Calcutta medical institutions reports 1892-1900
Year: 1892
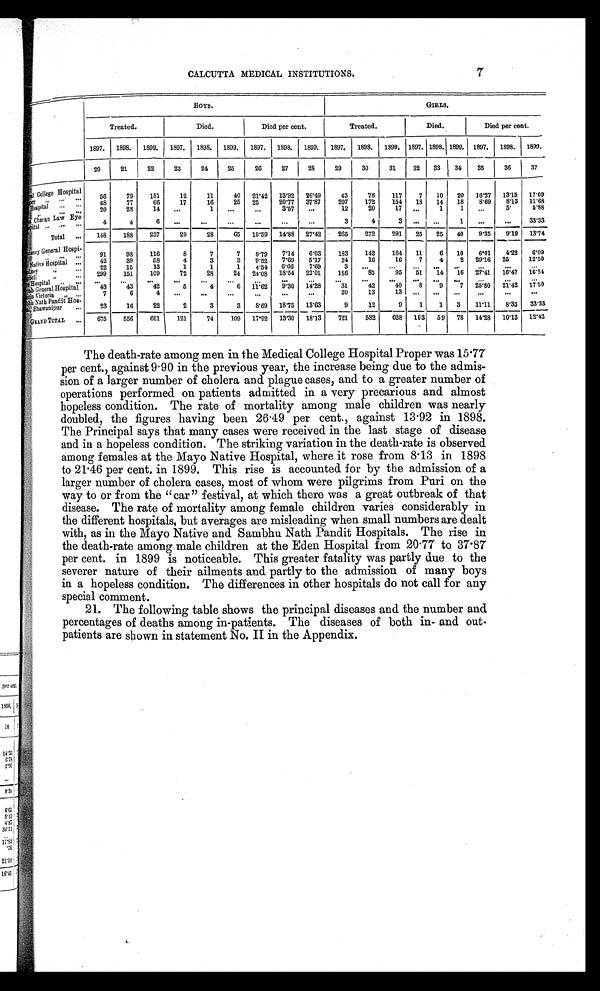
7
CALCUTTA MEDICAL INSTITUTIONS.
BOYS.
GIRLS.
Treated.
Died.
Died per cent.
Treated.
Died.
Died per cent.
1897. 1898.
1899.
1897. 1898. 1899. 1897. 1898. 1899. 1897. 1898. 1899. 1897. 1898. 1899. 1897. 1898. 1899.
20
21
22
23
24
25
26
27
28
29
30
3 1
3 2 33
34
35
36
37
College Hospital per ... ... ...
56
79
151
12
11
40 21.42 13.92 26.49
43
76
117
7
10
20
16. 27
1 3 . 1 5 17.09
H o s p i t a l
. . . . . .
68
77
66
17
16
25
25
20.77 37.87
207
172
154
18
14
18
8.69
8.13 11.68
, ,
. . .
. . .
20
28
14
. . .
1
...
...
3.57
...
12
20
1 7
. . .
1
1
. . .
5 .
5 . 8 8
C h a r a n L a w E y e p i t a l . . . . . . . . .
4
4
6
. . .
. . .
. . .
. . .
. . .
. . .
3
4
3
. . .
. . .
1
...
. . .
3 3 . 3 3
Total
. . .
1 4 8
188
237
29
28
65 19.59 14.88 27.42
265
272
291
25
25
40
9.35
9.19
1 3 . 7 4
d e n c y G e n e r a l H o s p i - . . . . . . . . .
91
98
116
8
7
7
8.79
7.14
6.03
183
142
164
11
6
10
6 . 0 1
4 . 2 2
6 . 0 9
N a t i v e H o s p i t a l
. . .
4 2
39
58
4
3
3
9.52
7.69
5.17
24
16
16
7
4
2 29.16 25
12.50
d n e y , ,
. . .
2 2
15
13
1
1
1
4.54
6.66
7.69
3
. . .
. . .
. . .
. . .
. . . ...
. . .
. . .
p b e l l
, ,
. . .
299
151
109
72
28
24
24.08 18.54 22.01
186
85
9 5 51
1 4
1 6
27. 41
1 6 . 4 7
1 6 . 8 4
Hospital
. . . . . .
. . .
. . .
. . .
. . .
. . .
. . . ...
. . .
. . .
. . .
. . .
. . .
. . .
. . .
. . . ...
. . .
. . .
r a h G e n e r a l H o s p i t a l
43
43
42
5
4
6
11.62
9 . 3 0
1 4 . 2 8
3 1
4 2
4 0
8
9
7
25. 80
2 1 . 4 2
1 7 . 5 0
erin Victoria
, , . . .
7
6
4
. . .
. . .
. . .
. . .
. . .
. . .
20
13
13
. . .
. . .
. . .
. . .
. . . . . .
b h u N a t h P a n d i t H o s -
a l , B h a w a n i p u r . . .
23
16
22
2
3
3
8.69 18.75
1 3 . 6 3
9
12
9
1
1
3
11. 11
8 . 3 3
3 3 . 3 3
G R A N D T O T A L
. . . 675
556
601
121
74
109 17.92
1 3 . 3 0
1 8 . 1 3
7 2 1
582
628 103
59 78 14.28
1 0 . 1 3
1 2 . 4 2
The death-rate among men in the Medical College Hospital Proper was 15.77
per cent., against 9 . 90 in the previous year, the increase being due to the admis-
sion of a larger number of cholera and plague cases, and to a greater number of
operations performed on patients admitted in a very precarious and almost
hopeless condition. The rate of mortality among male children was nearly
doubled, the figures having been 26 . 49 per cent., against 13 . 92 in 1898.
The Principal says that many cases were received in the last stage of disease
and in a hopeless condition. The striking variation in the death-rate is observed
among females at the Mayo Native Hospital, where it rose from 8 . 13 in 1898
to 21 . 46 per cent. in 1899. This rise is accounted for by the admission of a
larger number of cholera cases, most of whom were pilgrims from Puri on the
way to or from the " car " festival, at which there was a great outbreak of that
disease. The rate of mortality among female children varies considerably in
the different hospitals, but averages are misleading when small numbers are dealt
with, as in the Mayo Native and Sambhu Nath Pandit Hospitals. The rise in
the death-rate among male children at the Eden Hospital from 20 . 77 to 37.87
per cent. in 1899 is noticeable. This greater fatality was partly due to the
severer nature of their ailments and partly to the admission of many boys
in a hopeless condition. The differences in other hospitals do not call for any
special comment.
21. The following table shows the principal diseases and the number and
percentages of deaths among in-patients. The diseases of both in- and out-
patients are shown in statement No. II in the Appendix.